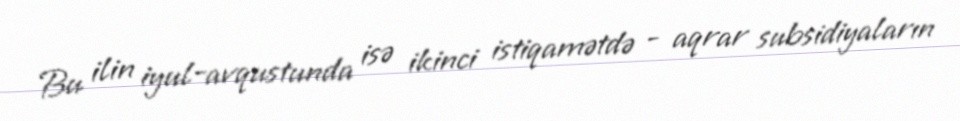
Bu ilin iyul-avqustunda isə ikinci istiqamətdə - aqrar subsidiyaların